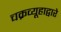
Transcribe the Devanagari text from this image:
चक्रव्यूहाद्वारे